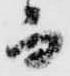
而